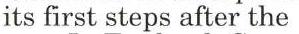
its first steps after the